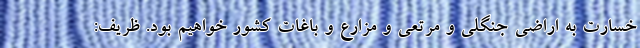
خسارت به اراضی جنگلی و مرتعی و مزارع و باغات کشور خواهیم بود. ظریف: